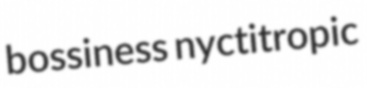
bossiness nyctitropic